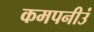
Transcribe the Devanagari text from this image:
कमपनीउं